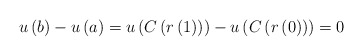
\begin{align*}u\left( b\right) -u\left( a\right) =u\left( C\left( r\left( 1\right)\right) \right) -u\left( C\left( r\left( 0\right) \right) \right)=0\end{align*}